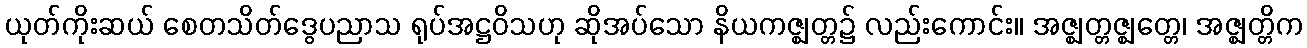
ယုတ်ကိုးဆယ် စေတသိတ်ဒွေပညာသ ရုပ်အဋ္ဌဝိသဟု ဆိုအပ်သော နိယကဇ္ဈတ္တ၌ လည်းကောင်း။ အဇ္ဈတ္တဇ္ဈတ္တေ၊ အဇ္ဈတ္တိက